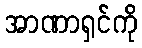
အာဏာရှင်ကို